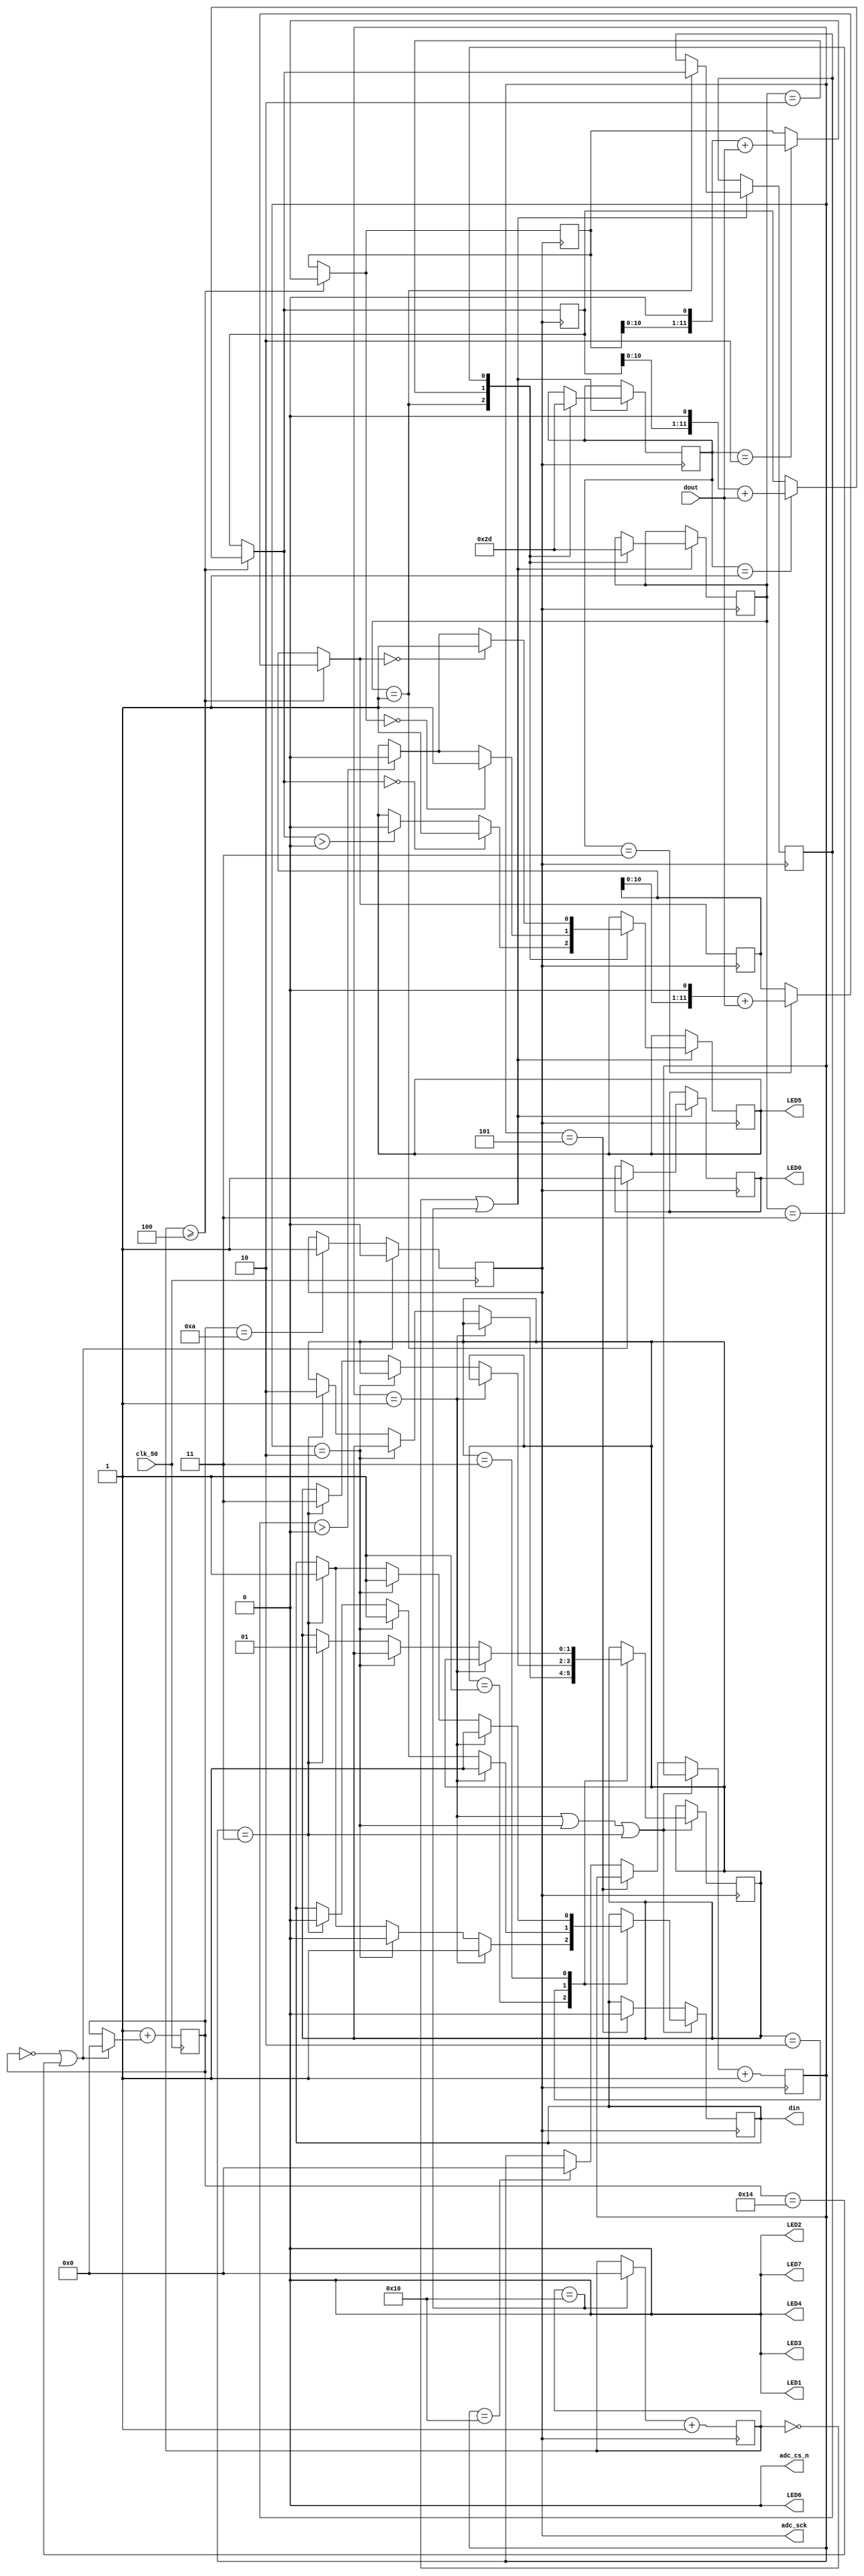


//////////////////DO NOT MAKE ANY CHANGES IN MODULE//////////////////
module working_ADC(

	input  clk_50,				//50 MHz clock
	input  dout,				//digital output from ADC128S022 (serial 12-bit)
	output adc_cs_n,			//ADC128S022 Chip Select
	output din,					//Ch. address input to ADC128S022 (serial)
	output adc_sck,			//2.5 MHz ADC clock
//	output [11:0]d_out_ch5,	//12-bit output of ch. 5 (parallel)
//	output [11:0]d_out_ch6,	//12-bit output of ch. 6 (parallel)
//	output [11:0]d_out_ch7,	//12-bit output of ch. 7 (parallel)
//	output [1:0]data_frame	//To represent 16-cycle frame (optional)
	output LED0 , 
	output LED1 ,
	output LED2 , 
	output LED3 ,
	output LED4 , 
	output LED5 ,
	output LED6 , 
	output LED7 
);
	
////////////////////////WRITE YOUR CODE FROM HERE////////////////////

reg [4:0]counter_25 = 5'b0 ;
reg ADC_SCK = 0 ;
assign adc_sck = ADC_SCK ; 

reg [5:0]frame_counter = 6'b0 ;
reg [1:0]DATA_FRAME =	2'b01 ;
assign data_frame = DATA_FRAME ;

reg chip_select = 0 ;
assign adc_cs_n = chip_select ;

reg address = 0;
assign din = address ;
reg [4:0]address_counter = 5'b00 ;

localparam df_1 = 2'b01 ,
			  df_2 = 2'b10 ,
			  df_3 = 2'b11 ,
			  df_end = 2'b00 ;
			  
reg [1:0]cs = df_1 ;

reg [4:0]channel_counter = 5'b00 ;

//reg [11:0]Data = 12'b00 ;

localparam channel_1 = 2'b01 ,   // <== channel 5
			  channel_2 = 2'b10 ,	// <== channel 6
			  channel_3 = 2'b11 ;	// <== channel 7
			  
reg [1:0]cc = channel_1 ;

reg [11:0]Data_ch5 = 0; 
reg [11:0]Data_ch6 = 0;
reg [11:0]Data_ch7 = 0;

//assign d_out_ch5 = Data_ch5 ;
//assign d_out_ch6 = Data_ch6 ;
//assign d_out_ch7 = Data_ch7 ;
 

 localparam data_1 = 2'b01 ,   // <== data_channel 5
			   data_2 = 2'b10 ,	// <== data_channel 6
			   data_3 = 2'b11 ;	// <== data_channel 7

reg [1:0]cf = data_1 ;

reg [11:0]Data_1 = 0; 
reg [11:0]Data_2 = 0;
reg [11:0]Data_3 = 0;

reg [31:0] led_counter = 0 ;

reg led0 = 0 ;
reg led1 = 0 ;
reg led2 = 0 ;
reg led3 = 0 ;
reg led4 = 0 ;
reg led5 = 0 ;
reg led6 = 0 ;
reg led7 = 0 ;
assign LED0 = led0 ;
assign LED1 = led1 ;
assign LED2 = led2 ;
assign LED3 = led3 ;
assign LED4 = led4 ;
assign LED5 = led5 ;
assign LED6 = led6 ;
assign LED7 = led7 ;
 
always @(negedge clk_50)
begin	
		if ( counter_25 == 5'b0 | counter_25 == 5'b10100)
		begin
			ADC_SCK = 0 ;
			counter_25 = 5'b0 ;
			
		end 
		
		else if ( counter_25 == 5'b01010) 
		begin
			ADC_SCK = 1 ;
		end
		
		counter_25 = 5'b1 + counter_25 ;
end


always @( negedge adc_sck)
begin
	if (frame_counter == 6'b0 | frame_counter == 6'b110000 )
		begin 
			DATA_FRAME = 2'b01 ;
			frame_counter = 6'b0 ;
		end
	else if (frame_counter == 6'b010000)
		begin
			DATA_FRAME = 2'b10 ;
		end
	else if (frame_counter == 6'b100000)
		begin
			DATA_FRAME = 2'b11 ;
		
		end 
		frame_counter = frame_counter + 6'b1 ;
end 


always @(negedge adc_sck)
begin
   //address = 0 ;
	if (address_counter == 5'b01 | address_counter == 5'b10 | address_counter == 5'b011)
	begin
		case (cs)
			
			df_1 : begin
			if (address_counter == 5'b01) begin address = 1 ;end 
			else if (address_counter == 5'b10) begin address = 0; end 
			else if (address_counter == 5'b011) begin address = 1 ; cs = df_2; end 
			       end 
					 
			df_2 : begin
			if (address_counter == 5'b01) begin address = 1 ;end 
			else if (address_counter == 5'b10) begin address = 1 ; end 
			else if (address_counter == 5'b011) begin address = 0 ; cs = df_3 ;end 
			       end 
					 
			df_3 : begin
			if (address_counter == 5'b01) begin address = 1 ;end 
			else if (address_counter == 5'b10) begin address = 1 ;end 
			else if (address_counter == 5'b011) begin address = 1 ; cs = df_1 ;end 
			      end
					

	endcase 
	end
	
	else if (address_counter == 5'b101)
	begin
	   address = 0 ;
	end 
	
	else if (address_counter == 5'b10000)
	begin 
		address_counter = 0 ;
	end
	address_counter = address_counter + 1 ;
end 	
		

always @(negedge adc_sck)
begin

	if (channel_counter >= 5'b100)
	begin
		case (cf)
			
			data_1 : begin	
						Data_1 = Data_1 << 1 ;
						Data_1 = Data_1 + dout ;
			         end
			
			
			data_2 : begin	
						Data_2 = Data_2 << 1 ;
						Data_2 = Data_2 + dout ;
			         end
			
			data_3 : begin	
						Data_3 = Data_3 << 1 ;
						Data_3 = Data_3 + dout ;
			         end
			
	endcase 	
	end
	

	if (channel_counter == 5'b00 | channel_counter == 5'b10000 )
	begin
		case (cc)
		
		channel_1 : begin
						Data_ch6 = Data_1  ;
						cc = channel_2 ;
						cf = data_2 ;
						led0 = 1;
						if ( Data_ch6 == 12'b000000000000 )      // greater than 1 v 
				         begin 
					          		led5 = 1 ;
										
							end
							
						else if( Data_ch6 > 12'b000000000000 )
					    	begin 
					          		led5 = 0 ;
							end
							
						end
						
						
		channel_2 :
						begin 
						Data_ch7 = Data_2  ;
						cc = channel_3 ;
						cf = data_3 ;
						if ( Data_2 == 12'b000000000000 )      // greater than 1 v 
				         begin 
					          		led5 = 1 ;
										
							end
							
						else if( Data_ch6 > 12'b000000000000 )
					    	begin 
					          		led5 = 0 ;
							end
						end 
						
						
		channel_3 : 
						begin 
						Data_ch5 = Data_3 ;
						cc = channel_1 ;
						cf = data_1 ;
						if ( Data_3 == 12'b000000000000 )      // greater than 1 v 
				         begin 
					          		led5 = 1 ;
										
							end
							
						else if( Data_ch6 > 12'b000000000000 )
					    	begin 
					          		led5 = 0 ;
							end
						end 					
		endcase 
	 end
	
	
	if (channel_counter == 5'b10000)
	begin 
		channel_counter = 5'b00 ;
	end
	
	channel_counter = channel_counter + 1 ;
end




////////////////////////YOUR CODE ENDS HERE//////////////////////////
endmodule
///////////////////////////////MODULE ENDS///////////////////////////